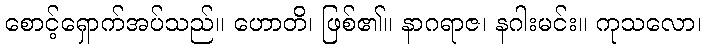
စောင့်ရှောက်အပ်သည်။ ဟောတိ၊ ဖြစ်၏။ နာဂရာဇ၊ နဂါးမင်း။ ကုသလော၊